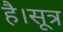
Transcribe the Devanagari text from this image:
है।सूत्र